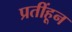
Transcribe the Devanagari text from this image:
प्रतींहून